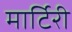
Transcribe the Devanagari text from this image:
मार्टिरी